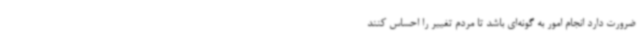
ضرورت دارد انجام امور به گونه‌ای باشد تا مردم تغییر را احساس کنند